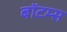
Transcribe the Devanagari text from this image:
बॉटम्स